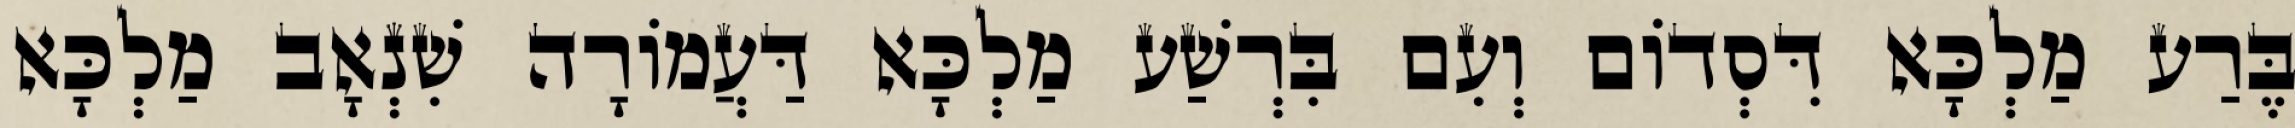
בֶּרַע מַלְכָּא דִּסְדוֹם וְעִם בִּרְשַׁע מַלְכָּא דַּעֲמוֹרָה שִׁנְאָב מַלְכָּא